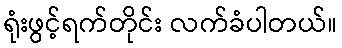
ရုံးဖွင့်ရက်တိုင်း လက်ခံပါတယ်။